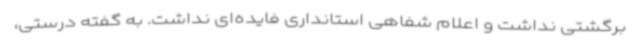
برگشتی نداشت و اعلام شفاهی استانداری فایده‌ای نداشت. به گفته درستی،